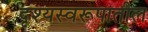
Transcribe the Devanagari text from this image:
दृश्यस्वरूपातील